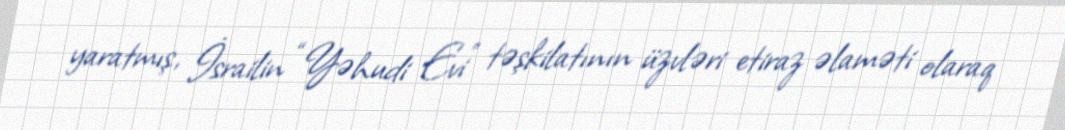
yaratmış, İsrailin “Yəhudi Evi” təşkilatının üzvləri etiraz əlaməti olaraq